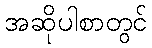
အဆိုပါစာတွင်